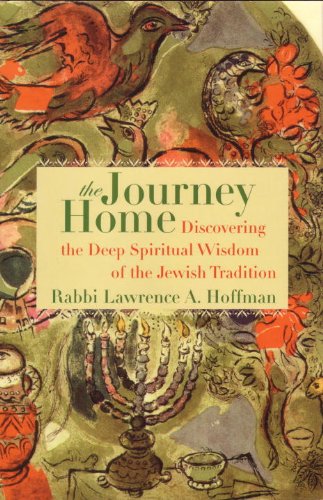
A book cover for The Journey Home: Discovering the Deep Spiritual Wisdom of the Jewish Tradition; Lawrence A. Hoffman; Religion & Spirituality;